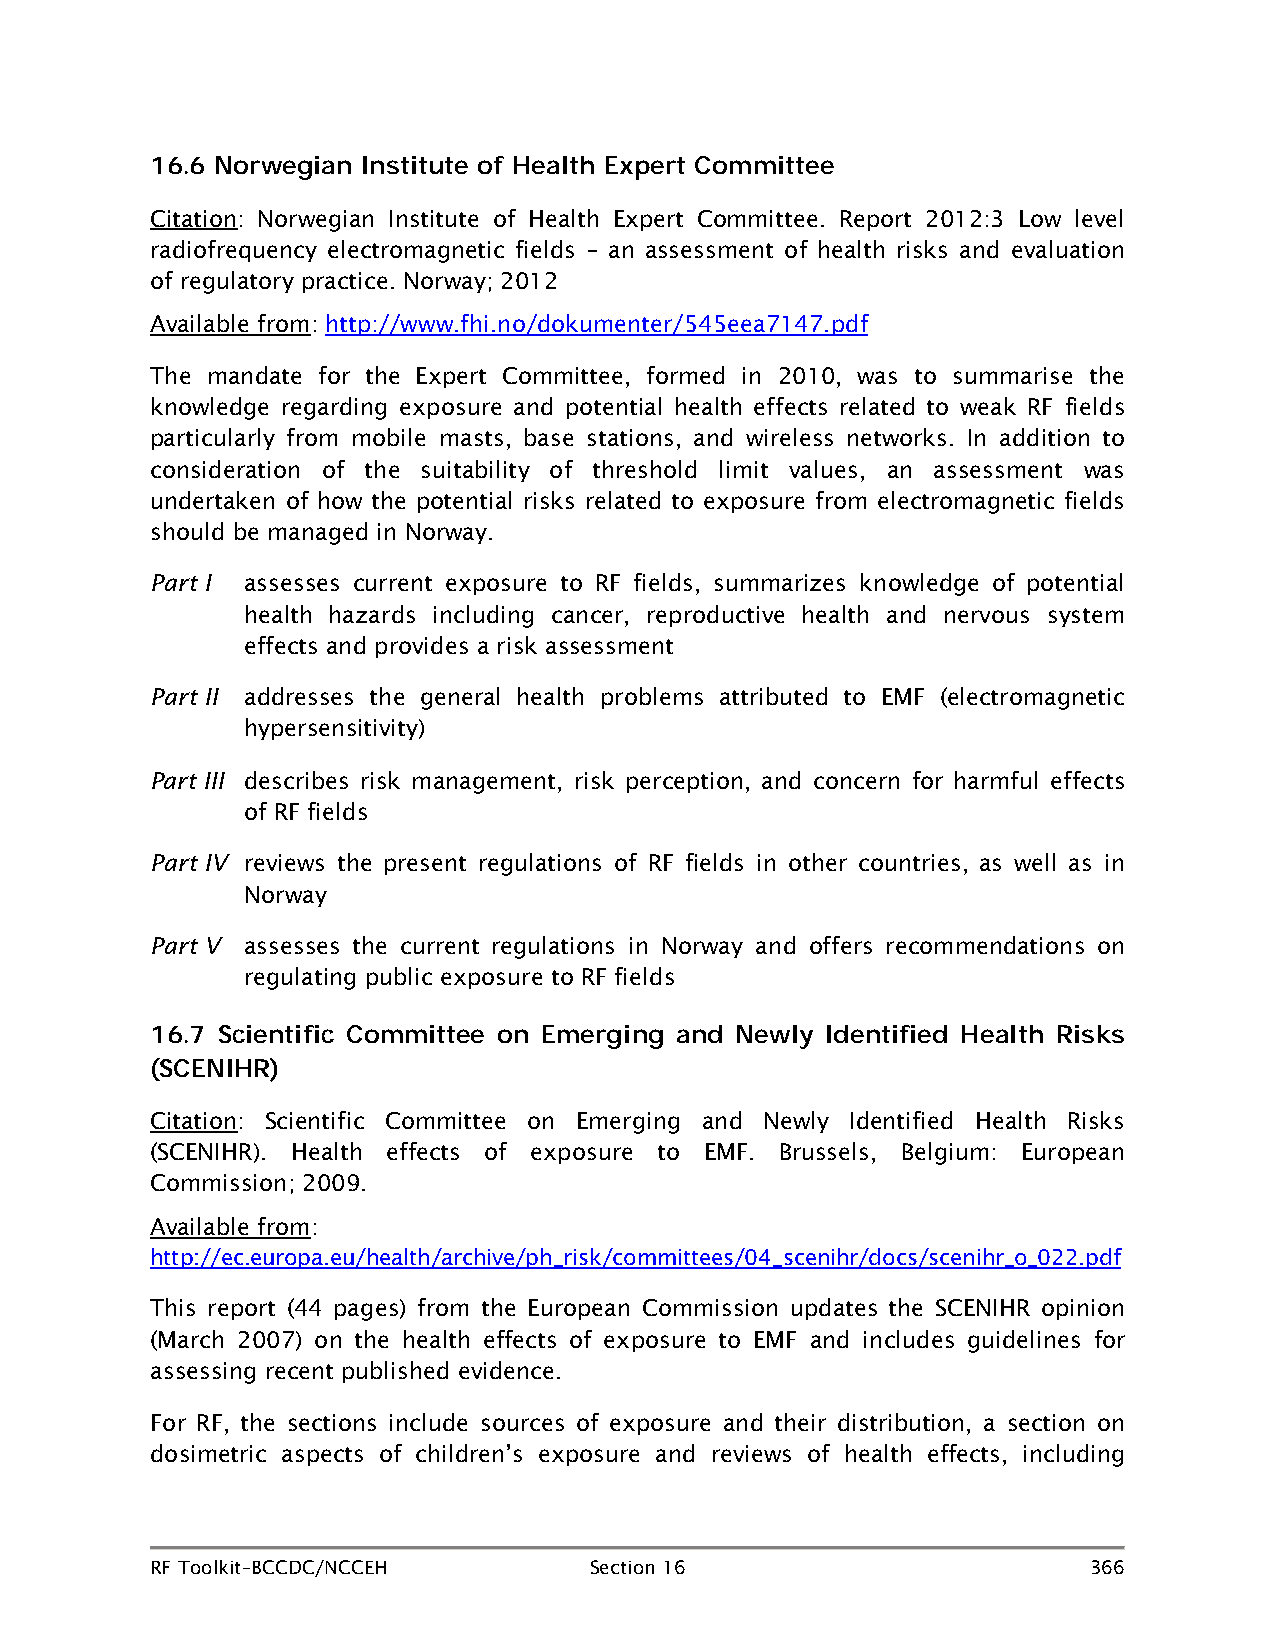
16.6 Norwegian Institute of Health Expert Committee
 Citation: Norwegian Institute of Health Expert Committee. Report 2012:3 Low level
 radiofrequency electromagnetic fields – an assessment of health risks and evaluation
 of regulatory practice. Norway; 2012
 Available from: http://www.fhi.no/dokumenter/545eea7147.pdf
 The mandate for the Expert Committee, formed in 2010, was to summarise the
 knowledge regarding exposure and potential health effects related to weak RF fields
 particularly from mobile masts, base stations, and wireless networks. In addition to
 consideration of the suitability of threshold limit values, an assessment was
 undertaken of how the potential risks related to exposure from electromagnetic fields
 should be managed in Norway.
 Part I assesses current exposure to RF fields, summarizes knowledge of potential
 health hazards including cancer, reproductive health and nervous system
 effects and provides a risk assessment
 Part II addresses the general health problems attributed to EMF (electromagnetic
 hypersensitivity)
 Part III describes risk management, risk perception, and concern for harmful effects
 of RF fields
 Part IV reviews the present regulations of RF fields in other countries, as well as in
 Norway
 Part V assesses the current regulations in Norway and offers recommendations on
 regulating public exposure to RF fields
 16.7 Scientific Committee on Emerging and Newly Identified Health Risks
 (SCENIHR)
 Citation: Scientific Committee on Emerging and Newly Identified Health Risks
 (SCENIHR). Health effects of exposure to EMF. Brussels, Belgium: European
 Commission; 2009.
 Available from:
 http://ec.europa.eu/health/archive/ph_risk/committees/04_scenihr/docs/scenihr_o_022.pdf
 This report (44 pages) from the European Commission updates the SCENIHR opinion
 (March 2007) on the health effects of exposure to EMF and includes guidelines for
 assessing recent published evidence.
 For RF, the sections include sources of exposure and their distribution, a section on
 dosimetric aspects of children’s exposure and reviews of health effects, including
 RF Toolkit–BCCDC/NCCEH       Section 16                       366